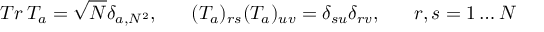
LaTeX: T r \, T _ { a } = \sqrt N \delta _ { a , N ^ { 2 } } , \; \; \; \; \; \; ( T _ { a } ) _ { r s } ( T _ { a } ) _ { u v } = \delta _ { s u } \delta _ { r v } , \; \; \; \; \; \; r , s = 1 \ldots N